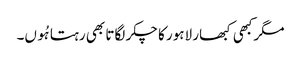
مگرکبھی کبھار لاہور کا چکر لگاتا بھی رہتا ہُوں۔